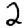
Digit: 2